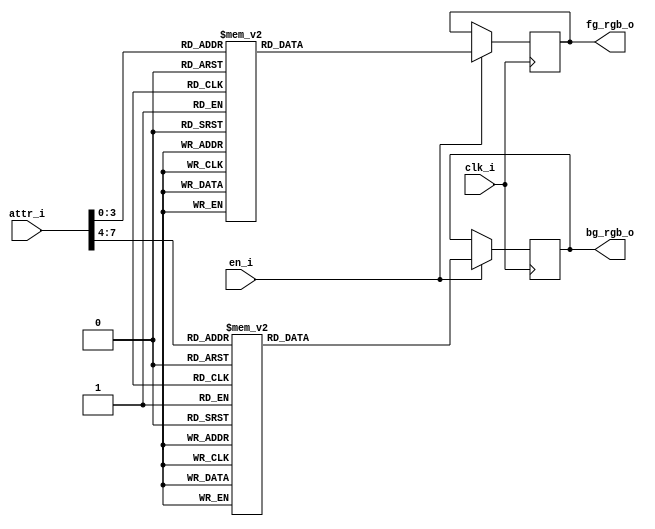
`timescale 1 ns / 1 ps

/*******************************************************************************
Copyright (C) 2018 Ryan Clarke

This program is free software (firmware): you can redistribute it and/or modify
it under the terms of the GNU General Public License as published by
the Free Software Foundation, either version 3 of the License, or
(at your option) any later version.

This program is distributed in the hope that it will be useful,
but WITHOUT ANY WARRANTY; without even the implied warranty of
MERCHANTABILITY or FITNESS FOR A PARTICULAR PURPOSE.  See the
GNU General Public License for more details.

You should have received a copy of the GNU General Public License
along with this program.  If not, see <http://www.gnu.org/licenses/>.
*******************************************************************************/

/*******************************************************************************
Module Name : AttributeDecoder
Top Module  : VGAController
File Name   : attribute_decoder.v
Project     : v65C02 8-bit Computer
Author      : Ryan Clarke
E-mail      : kj6msg@icloud.com
================================================================================
Purpose : Attribute decoder for the VGA text-mode controller module.
          
          Converts each foreground and background value of the current
          attribute stored in video RAM into the appropriate 12-bit RGB444
          value. Attributes are two 4-bit nibbles, representing a coded
          foreground color (lower nibble) and background color (upper nibble).
          
          All outputs are registered for a one pixel clock cycle delay.
*******************************************************************************/


module AttributeDecoder
    (
    input wire        clk_i,        // pixel clock
    input wire        en_i,         // enable
    
    input wire [7:0]  attr_i,       // attribute
    
    output reg [11:0] fg_rgb_o,     // foreground RGB444 value
    output reg [11:0] bg_rgb_o      // background RGB444 value
    );
    
    
/* FOREGROUND ATTRIBUTE *******************************************************/
    
    wire [3:0] fg_attr;
    
    // extract foreground attribute from 8-bit input
    assign fg_attr = attr_i[3:0];
    
    // foreground RGB444 value
    initial fg_rgb_o = 12'h000;
    always @(posedge clk_i)
        if(en_i)
            case(fg_attr)
                4'h0: fg_rgb_o <= #1 {4'd0,  4'd0,  4'd0 };    // black
                4'h1: fg_rgb_o <= #1 {4'd0,  4'd0,  4'd10};    // blue
                4'h2: fg_rgb_o <= #1 {4'd0,  4'd10, 4'd0 };    // green
                4'h3: fg_rgb_o <= #1 {4'd0,  4'd10, 4'd10};    // cyan
                4'h4: fg_rgb_o <= #1 {4'd10, 4'd0,  4'd0 };    // red
                4'h5: fg_rgb_o <= #1 {4'd10, 4'd0,  4'd10};    // magenta
                4'h6: fg_rgb_o <= #1 {4'd10, 4'd5,  4'd0 };    // brown
                4'h7: fg_rgb_o <= #1 {4'd10, 4'd10, 4'd10};    // light gray
                4'h8: fg_rgb_o <= #1 {4'd5,  4'd5,  4'd5 };    // dark gray
                4'h9: fg_rgb_o <= #1 {4'd5,  4'd5,  4'd15};    // light blue
                4'ha: fg_rgb_o <= #1 {4'd5,  4'd15, 4'd5 };    // light green
                4'hb: fg_rgb_o <= #1 {4'd5,  4'd15, 4'd15};    // light cyan
                4'hc: fg_rgb_o <= #1 {4'd15, 4'd5,  4'd5 };    // light red
                4'hd: fg_rgb_o <= #1 {4'd15, 4'd5,  4'd15};    // light magenta
                4'he: fg_rgb_o <= #1 {4'd15, 4'd15, 4'd5 };    // yellow
                4'hf: fg_rgb_o <= #1 {4'd15, 4'd15, 4'd15};    // white
            endcase
    
    
/* BACKGROUND ATTRIBUTE *******************************************************/    
    
    wire [3:0] bg_attr;
    
    // extract background attribute from 8-bit input
    assign bg_attr = attr_i[7:4];
    
    // background RGB444 value
    initial bg_rgb_o = 12'h000;
    always @(posedge clk_i)
        if(en_i)
            case(bg_attr)
                4'h0: bg_rgb_o <= #1 {4'd0,  4'd0,  4'd0 };    // black
                4'h1: bg_rgb_o <= #1 {4'd0,  4'd0,  4'd10};    // blue
                4'h2: bg_rgb_o <= #1 {4'd0,  4'd10, 4'd0 };    // green
                4'h3: bg_rgb_o <= #1 {4'd0,  4'd10, 4'd10};    // cyan
                4'h4: bg_rgb_o <= #1 {4'd10, 4'd0,  4'd0 };    // red
                4'h5: bg_rgb_o <= #1 {4'd10, 4'd0,  4'd10};    // magenta
                4'h6: bg_rgb_o <= #1 {4'd10, 4'd5,  4'd0 };    // brown
                4'h7: bg_rgb_o <= #1 {4'd10, 4'd10, 4'd10};    // light gray
                4'h8: bg_rgb_o <= #1 {4'd5,  4'd5,  4'd5 };    // dark gray
                4'h9: bg_rgb_o <= #1 {4'd5,  4'd5,  4'd15};    // light blue
                4'ha: bg_rgb_o <= #1 {4'd5,  4'd15, 4'd5 };    // light green
                4'hb: bg_rgb_o <= #1 {4'd5,  4'd15, 4'd15};    // light cyan
                4'hc: bg_rgb_o <= #1 {4'd15, 4'd5,  4'd5 };    // light red
                4'hd: bg_rgb_o <= #1 {4'd15, 4'd5,  4'd15};    // light magenta
                4'he: bg_rgb_o <= #1 {4'd15, 4'd15, 4'd5 };    // yellow
                4'hf: bg_rgb_o <= #1 {4'd15, 4'd15, 4'd15};    // white
            endcase
    
endmodule